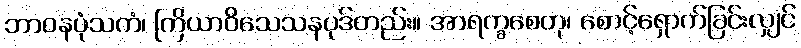
ဘာဝနပုံသကံ၊ ကြိယာဝိသေသနပုဒ်တည်း။ အာရက္ခစေတု၊ စောင့်ရှောက်ခြင်းလျှင်